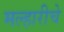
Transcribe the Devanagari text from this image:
मल्हारीचे